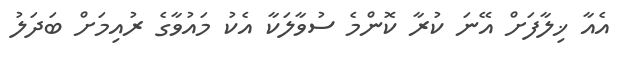
އެއާ ޚިލާފަށް އޭނަ ކުރާ ކޮންމެ ސުވާލަކާ އެކު މައުވާގެ ރުއިމަށް ބަދަލު